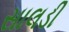
સાલડી